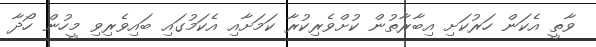
ވާތީ އެކަން ހަރުކަށި އިބާރާތުން ކުށްވެރިކުރާ ކަމަށާއި އެކަމުގައި ބައިވެރިވި މީހުން ހޯދާ